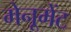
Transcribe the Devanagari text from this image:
मेनूमेंट